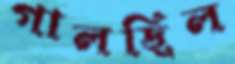
গালছিল